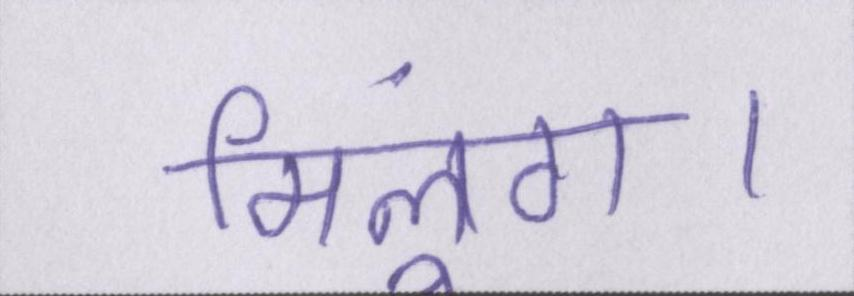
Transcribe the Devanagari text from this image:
मिलूंगा।